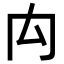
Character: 禸